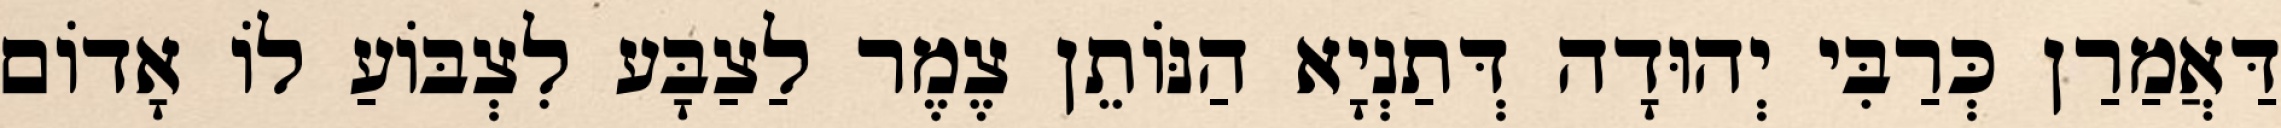
דַּאֲמַרַן כְּרַבִּי יְהוּדָה דְּתַנְיָא הַנּוֹתֵן צֶמֶר לַצַבָּע לִצְבּוֹעַ לוֹ אָדוֹם